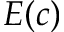
E ( c )